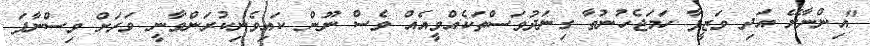
"އިންނާށޭ އަދި ވަޒީފާ ހަމަޖެހުނުތާ ގިނަދުވަސްތަކެއްވީއެއް ވެސް ނޫން ކައިވެނިކުރަންވާނީ ވަރަށް ވިސްނާފަ